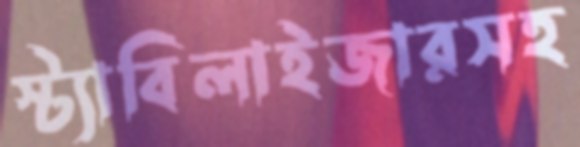
স্ট্যাবিলাইজারসহ